Subject: stat
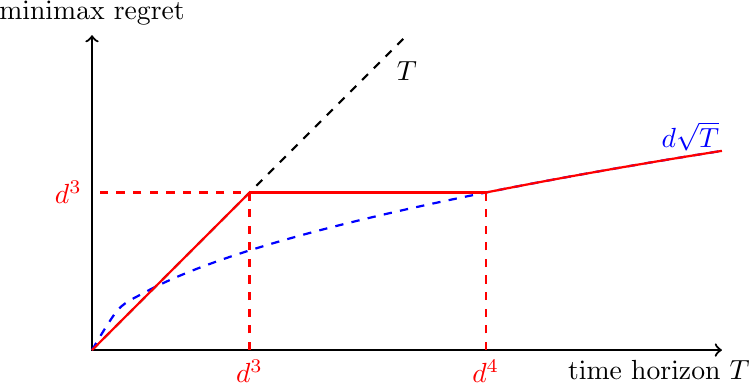
LaTeX code:
	\begin{tikzpicture}[thick, scale=2]
		\draw [<->] (0,2) -- (0,0) -- (4,0);
		\node [above] at (0,2) {minimax regret};
		\node [below] at (3.6,0) {time horizon $T$};

		\draw [dashed] (0,0) -- (2,2);
		\node [below] at (2,1.9) {$T$};

		\draw [dashed, domain=0:4, smooth, variable=\x, blue] plot ({\x}, {sqrt(\x/2.5)});
		\node [above, blue] at (3.8,1.2) {$d\sqrt{T}$};

        \draw [red] (0,0) -- (1,1);
		\draw [red, dashed] (1,0) -- (1,1) -- (0,1);
		\node [below, red] at (1,0) {$d^3$};
		\node [left, red] at (0,1) {$d^3$};

		\draw[domain=2.5:4, smooth, variable=\x, red] plot ({\x}, {sqrt(\x/2.5)});
		\draw [red, dashed] (2.5,0) -- (2.5,1);
		\node [below, red] at (2.5,0) {$d^4$};

		\draw [red] (1,1) -- (2.5,1);

	\end{tikzpicture}